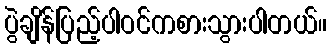
ပွဲချိန်ပြည့်ပါဝင်ကစားသွားပါတယ်။